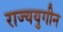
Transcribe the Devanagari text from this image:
राज्ययुगीन